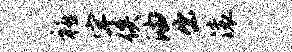
禧宇佚油出滚